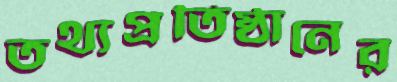
তথ্যপ্রতিষ্ঠানের